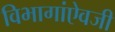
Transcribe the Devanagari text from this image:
विभागांऐवजी